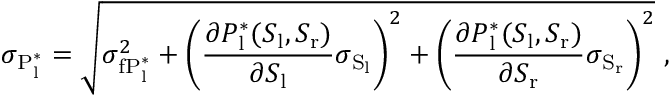
\sigma _ { \mathrm { P _ { l } ^ { * } } } = \sqrt { \sigma _ { \mathrm { f P _ { l } ^ { * } } } ^ { 2 } + \left( \frac { \partial P _ { \mathrm { l } } ^ { * } ( S _ { \mathrm { l } } , S _ { \mathrm { r } } ) } { \partial S _ { \mathrm { l } } } \sigma _ { \mathrm { S _ { l } } } \right) ^ { 2 } + \left( \frac { \partial P _ { \mathrm { l } } ^ { * } ( S _ { \mathrm { l } } , S _ { \mathrm { r } } ) } { \partial S _ { \mathrm { r } } } \sigma _ { \mathrm { S _ { r } } } \right) ^ { 2 } } \ ,